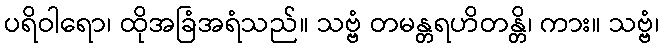
ပရိဝါရော၊ ထိုအခြံအရံသည်။ သဗ္ဗံ တမန္တရဟိတန္တိ၊ ကား။ သဗ္ဗံ၊